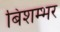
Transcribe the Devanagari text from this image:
बिशम्भर